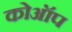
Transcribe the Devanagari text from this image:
कोऑप